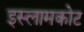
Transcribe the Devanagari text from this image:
इस्लामकोट